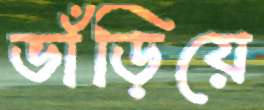
ভাঁড়িয়ে